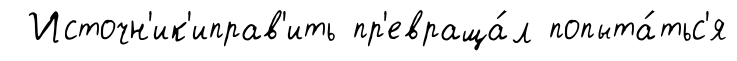
Источн'ик'иправ'ить пр'евраща́л попыта́тьс'я